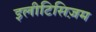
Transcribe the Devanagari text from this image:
इलीटिसिज़म